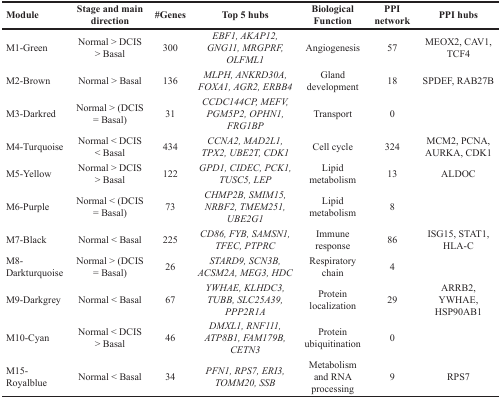
| Module | Stage and main direction | #Genes | Top 5 hubs | Biological Function | PPI network | PPI hubs |
 | --- | --- | --- | --- | --- | --- | --- |
 | M1-Green | Normal > DCIS > Basal | 300 | EBF1, AKAP12, GNG11, MRGPRF, OLFML1 | Angiogenesis | 57 | MEOX2, CAV1, TCF4 |
 | M2-Brown | Normal > Basal | 136 | MLPH, ANKRD30A, FOXA1, AGR2, ERBB4 | Gland development | 18 | SPDEF, RAB27B |
 | M3-Darkred | Normal > (DCIS = Basal) | 31 | CCDC144CP, MEFV, PGM5P2, OPHN1, FRG1BP | Transport | 0 |  |
 | M4-Turquoise | Normal < DCIS < Basal | 434 | CCNA2, MAD2L1, TPX2, UBE2T, CDK1 | Cell cycle | 324 | MCM2, PCNA, AURKA, CDK1 |
 | M5-Yellow | Normal > DCIS > Basal | 122 | GPD1, CIDEC, PCK1, TUSC5, LEP | Lipid metabolism | 13 | ALDOC |
 | M6-Purple | Normal < (DCIS = Basal) | 73 | CHMP2B, SMIM15, NRBF2, TMEM251, UBE2G1 | Lipid metabolism | 8 |  |
 | M7-Black | Normal < Basal | 225 | CD86, FYB, SAMSN1, TFEC, PTPRC | Immune response | 86 | ISG15, STAT1, HLA-C |
 | M8-Darkturquoise | Normal > (DCIS = Basal) | 26 | STARD9, SCN3B, ACSM2A, MEG3, HDC | Respiratory chain | 4 |  |
 | M9-Darkgrey | Normal < Basal | 67 | YWHAE, KLHDC3, TUBB, SLC25A39, PPP2R1A | Protein localization | 29 | ARRB2, YWHAE, HSP90AB1 |
 | M10-Cyan | Normal < DCIS > Basal | 46 | DMXL1, RNF111, ATP8B1, FAM179B, CETN3 | Protein ubiquitination | 0 |  |
 | M15-Royalblue | Normal < Basal | 34 | PFN1, RPS7, ERI3, TOMM20, SSB | Metabolism and RNA processing | 9 | RPS7 |